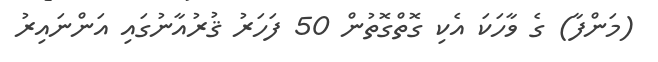
(މަންފާ) ގެ ވާހަކަ އެކި ގޮތްގޮތުން 50 ފަހަރު ޤުރުއާނުގައި އަންނައިރު